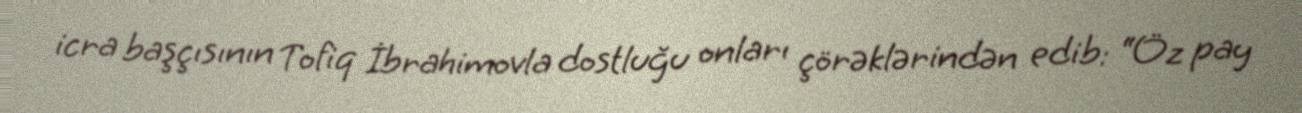
icra başçısının Tofiq İbrahimovla dostluğu onları çörəklərindən edib: “Öz pay